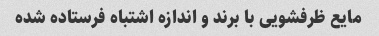
مایع ظرفشویی با برند و اندازه اشتباه فرستاده شده